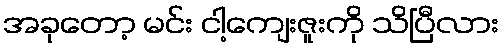
အခုတော့ မင်း ငါ့ကျေးဇူးကို သိပြီလား